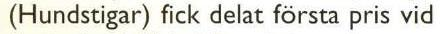
(Hundstigar) fick delat första pris vid